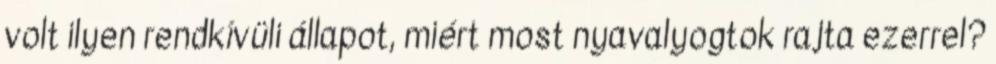
volt ilyen rendkívüli állapot, miért most nyavalyogtok rajta ezerrel?